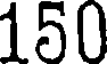
150